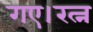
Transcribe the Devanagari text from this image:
गए।रत्न